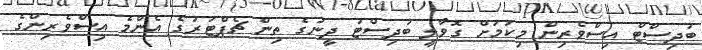
ބުދިސްޓް އިސްވެރިން މިކަމަށް ގޮވާލީ ބުދިސްޓު ދީނުގެ ތިން ޗެޕްޓަރުގެ އެންމެ އިސްވެރިންގެ